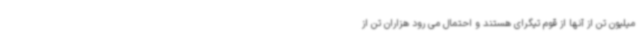
میلیون تن از آنها از قوم تیگرای هستند و احتمال می رود هزاران تن از